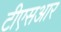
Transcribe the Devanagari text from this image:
टीएसआर